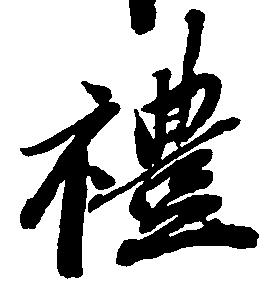
礼